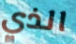
الذي